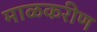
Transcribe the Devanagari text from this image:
माळकरीण